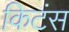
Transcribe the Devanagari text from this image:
किटंस